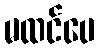
မထင်ပေ